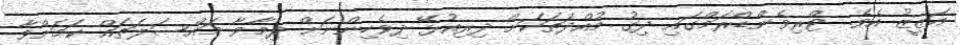
އަޒީޒު އެވެ. ޓްރިވެންޑްރަމްގައި ދިގު މުއްދަތަކަށް ދިރިއުޅޭ ދިވެހިންނަށް ދިމާވާ މައްސަލަތައް ކަމަށްވާ